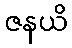
ဇနယိ